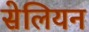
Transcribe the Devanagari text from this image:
सेलियन